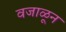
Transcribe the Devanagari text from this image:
वजाळून